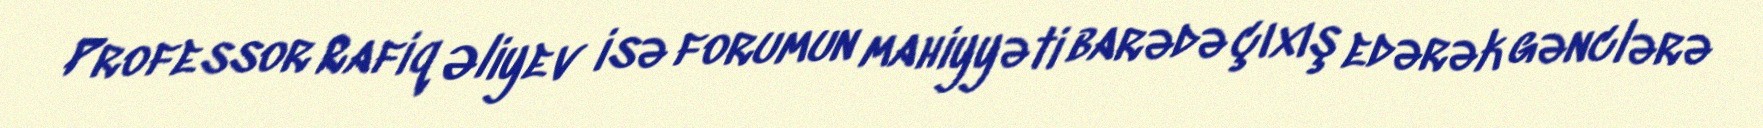
Professor Rafiq Əliyev isə forumun mahiyyəti barədə çıxış edərək gənclərə